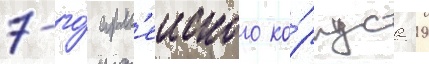
7-го́ арм'еиского ко́рпуса 19